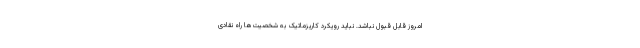
امروز قابل قبول نباشد. نباید رویکرد کاریزماتیک به شخصیت‌ها راه نقادی